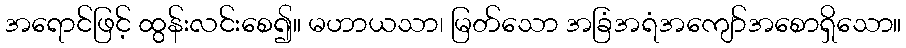
အရောင်ဖြင့် ထွန်းလင်းစေ၍။ မဟာယသာ၊ မြတ်သော အခြံအရံအကျော်အစောရှိသော။